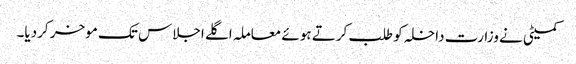
کمیٹی نے وزارت داخلہ کو طلب کرتے ہوئے معاملہ اگلے اجلاس تک موخر کردیا۔